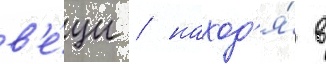
в'е́щи / наход'я́ в